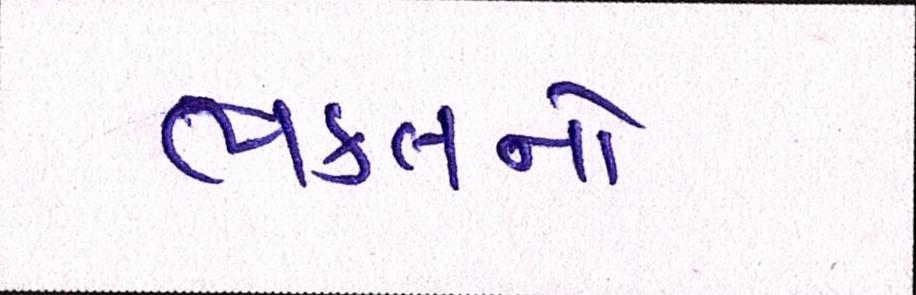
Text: ભક્તનો